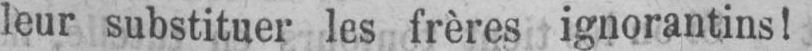
leur substituer les frères ignorantins!